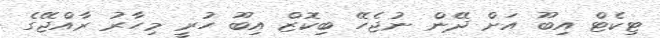
ޓިކެޓް އިބޫ އަށް ދޭން ނުޖެހޭ ބިކޮޒް އިބޫ ހުރީ މިހާރު ރާއްޖޭގެ